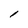
Character: l